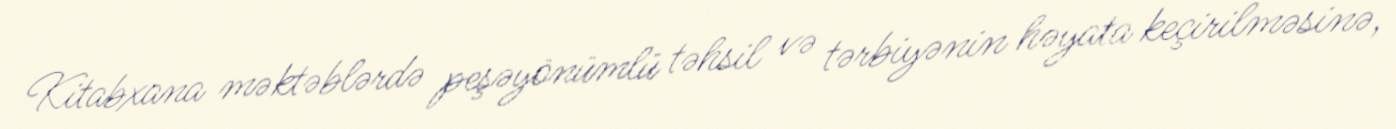
Kitabxana məktəblərdə peşəyönümlü təhsil və tərbiyənin həyata keçirilməsinə,